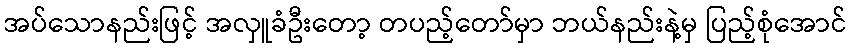
အပ်သောနည်းဖြင့် အလှူခံဦးတော့ တပည့်တော်မှာ ဘယ်နည်းနဲ့မှ ပြည့်စုံအောင်